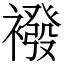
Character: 襏